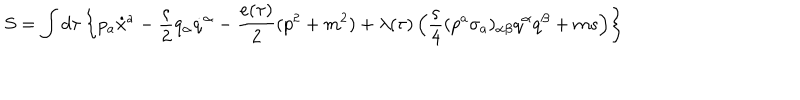
S = \int d \tau \left\{ p _ { a } \dot { x } ^ { a } - \frac { \varsigma } { 2 } q _ { \alpha } \dot { q } ^ { \alpha } - \frac { e ( \tau ) } { 2 } ( p ^ { 2 } + m ^ { 2 } ) + \lambda ( \tau ) \left( \frac { \varsigma } { 4 } ( p ^ { a } \sigma _ { a } ) _ { \alpha \beta } q ^ { \alpha } q ^ { \beta } + m s \right) \right\}